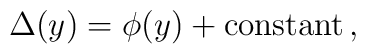
\Delta(y) = \phi(y) + {\rm constant}\,,